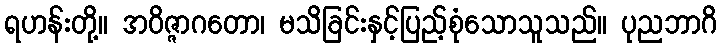
ရဟန်းတို့။ အဝိဇ္ဇာဂတော၊ မသိခြင်းနှင့်ပြည့်စုံသောသူသည်။ ပုညဘာဂိ